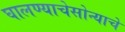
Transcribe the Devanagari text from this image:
घालण्याचेसोन्याचे